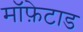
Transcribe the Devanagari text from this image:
मॉफ़ेटाड